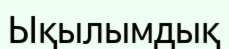
Ықылымдық